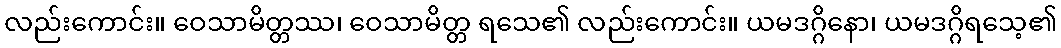
လည်းကောင်း။ ဝေသာမိတ္တဿ၊ ဝေသာမိတ္တ ရသေ၏ လည်းကောင်း။ ယမဒဂ္ဂိနော၊ ယမဒဂ္ဂိရသေ့၏